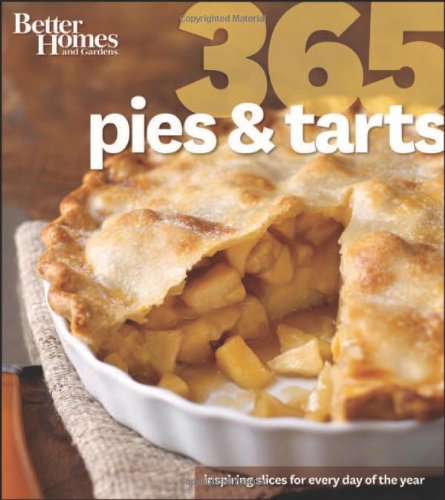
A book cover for Better Homes and Gardens 365 Pies and Tarts; Better Homes and Gardens; Cookbooks, Food & Wine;